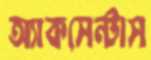
অ্যাকসেন্টাস